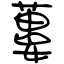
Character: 蔞